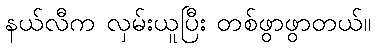
နယ်လီက လှမ်းယူပြီး တစ်ဖွာဖွာတယ်။